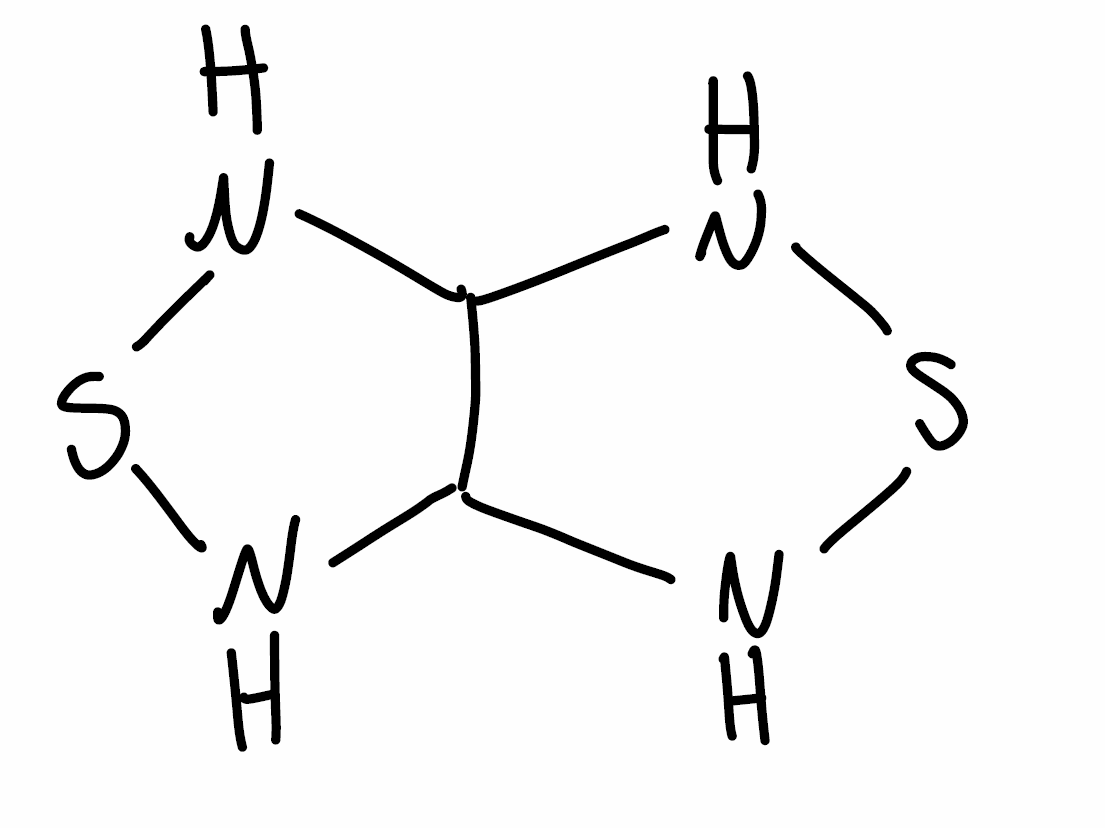
Simplified molecular-input line-entry system (SMILES) notation of the given molecule:
C12C(NSN1)NSN2